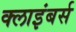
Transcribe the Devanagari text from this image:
क्लाइंबर्स